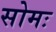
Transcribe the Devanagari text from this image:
सोमः